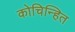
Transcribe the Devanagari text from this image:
कोचिन्हित